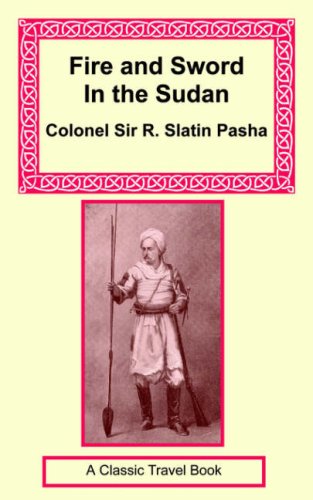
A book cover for Fire and Sword in the Sudan; Rudolph Slatin; Travel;